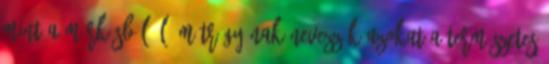
mint a márkásból 1L. Műtrágyának nevezzük azokat a természetes